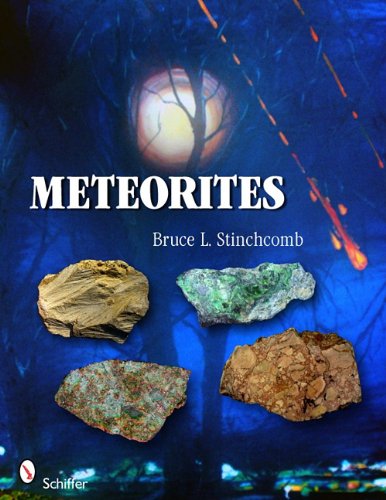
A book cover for Meteorites; Bruce L. Stinchcomb; Science & Math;